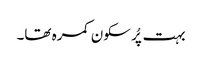
بہت پُر سکون کمرہ تھا۔